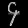
Digit: ၄